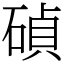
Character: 碵